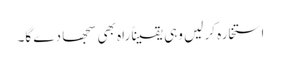
استخارہ کر لیں وہی یقیناً راہ بھی سجھا دے گا۔